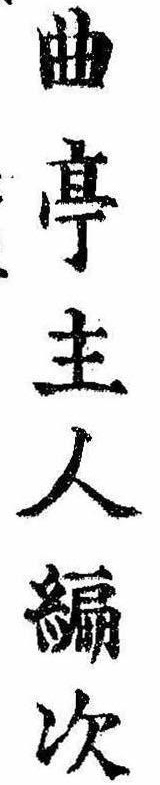
曲亭主人編次